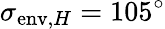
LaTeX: \sigma_{\mathrm{env},H}=105^{\circ}